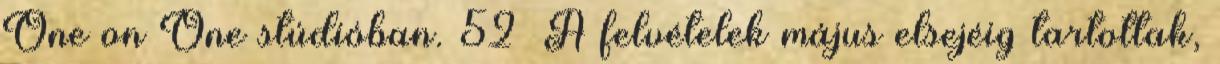
One on One stúdióban. 52 A felvételek május elsejéig tartottak,